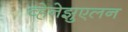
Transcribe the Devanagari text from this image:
व्हेनेझुएलन